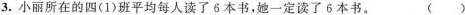
3.小丽所在的四(1)班平均每人读了6本书，她一定读了6本书。（）